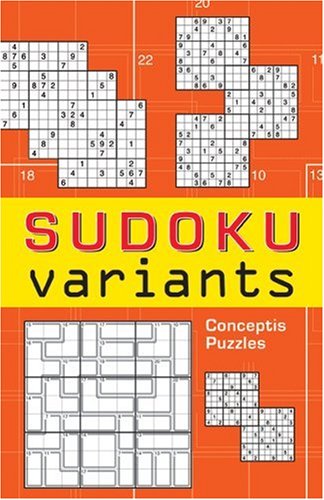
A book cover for Sudoku Variants; Conceptis Puzzles; Humor & Entertainment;